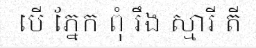
បើ ភ្នែក ពុំ រឹង ស្មារី តី